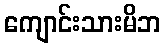
ကျောင်းသားမိဘ